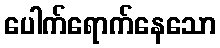
ပေါက်ရောက်နေသော